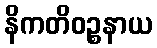
နိကတိဝဉ္စနာယ